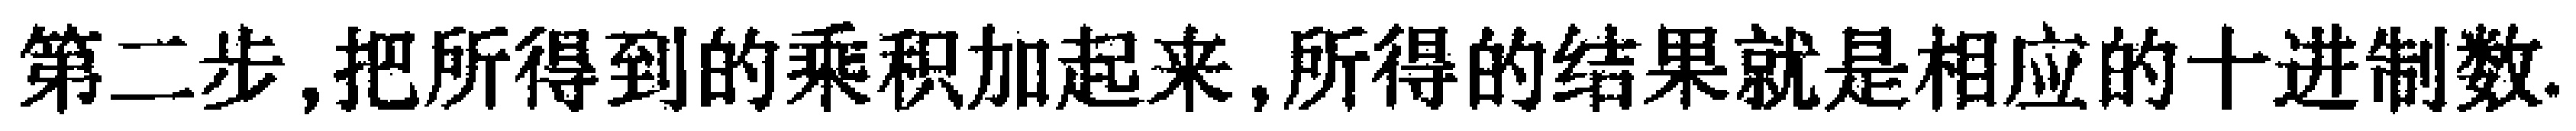
第二步,把所得到的乘积加起来,所得的结果就是相应的十进制数.